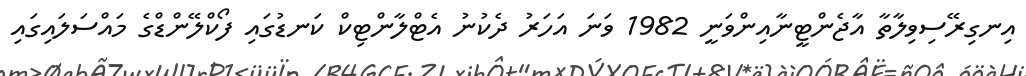
އިނގިރޭސިވިލާތާ އާޖެންޓީނާއިންވަނީ 1982 ވަނަ އަހަރު ދެކުނު އެޓްލާންޓިކް ކަނޑުގައި ފޯކްލޭންޑްގެ މައްސަލައިގައި